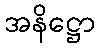
အနိဋ္ဌော